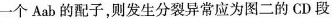
一个Aab 的配子，则发生分裂异常应为图二的 CD 段